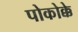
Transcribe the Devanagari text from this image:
पोकोक्के